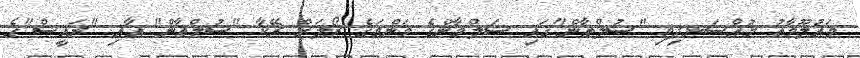
މައުލޫމާތު މުއްސަނދިވި "ސުލްތާން"ގައި ސަލްމާންގެ މަންމަގެ ރޯލަށް ރޭކާ "ސުލްތާން" އާއި "ރައީސް"ގެ